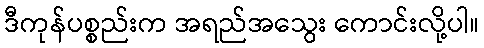
ဒီကုန်ပစ္စည်းက အရည်အသွေး ကောင်းလို့ပါ။